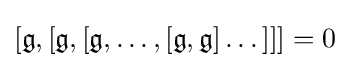
[{\mathfrak {g}},[{\mathfrak {g}},[{\mathfrak {g}},\dots ,[{\mathfrak {g}},{\mathfrak {g}}]\dots ]]]=0